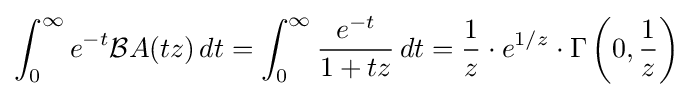
\int _{0}^{\infty }e^{-t}{\mathcal {B}}A(tz)\,dt=\int _{0}^{\infty }{\frac {e^{-t}}{1+tz}}\,dt={\frac {1}{z}}\cdot e^{1/z}\cdot \Gamma \left(0,{\frac {1}{z}}\right)